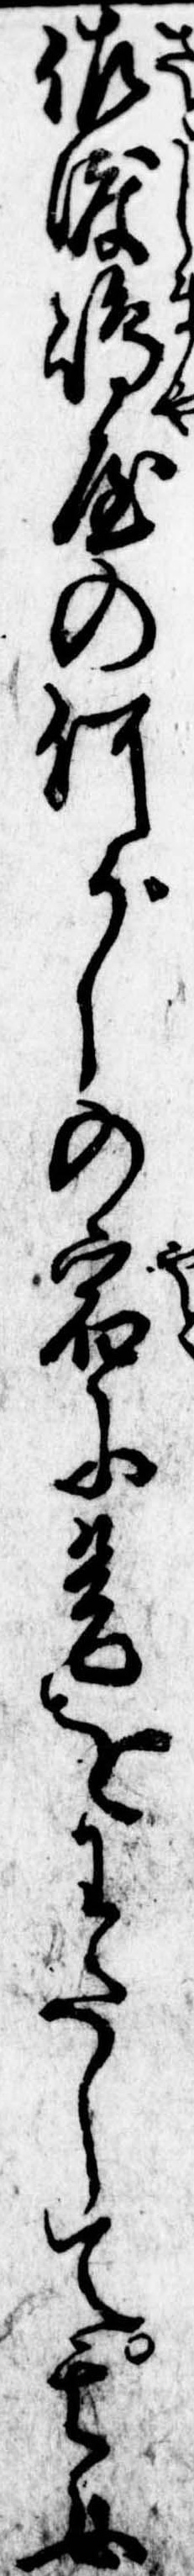
佐渡島屋の何がしの宿に是をわたして其女